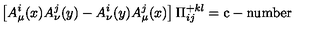
\left[ A _ { \mu } ^ { i } ( x ) A _ { \nu } ^ { j } ( y ) - A _ { \nu } ^ { i } ( y ) A _ { \mu } ^ { j } ( x ) \right] \Pi _ { i j } ^ { + k l } = \mathrm { c - n u m b e r }